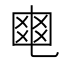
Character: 𤕣